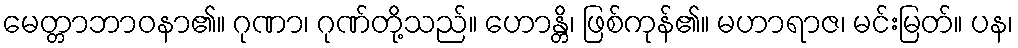
မေတ္တာဘာဝနာ၏။ ဂုဏာ၊ ဂုဏ်တို့သည်။ ဟောန္တိ၊ ဖြစ်ကုန်၏။ မဟာရာဇ၊ မင်းမြတ်။ ပန၊